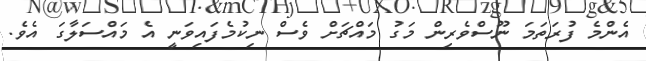
އެންމެ ފުރަތަމަ ނޫސްވެރިން މަގު މައްޗަށް ވެސް ނިކުމެފައިވަނީ އެ މައްސަލާގަ އެވެ.